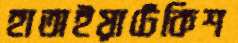
হাতাইয়াঢেঁকিশ